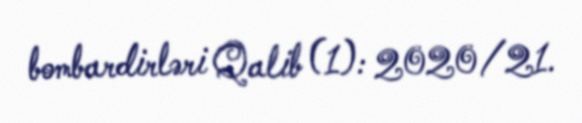
bombardirləri Qalib (1): 2020/21.